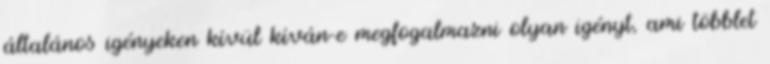
általános igényeken kívül kíván-e megfogalmazni olyan igényt, ami többlet